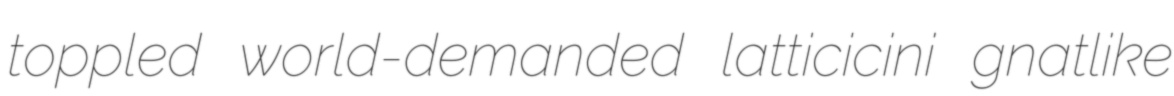
toppled world-demanded latticicini gnatlike